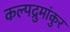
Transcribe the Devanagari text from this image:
कल्पद्रुमांकुर